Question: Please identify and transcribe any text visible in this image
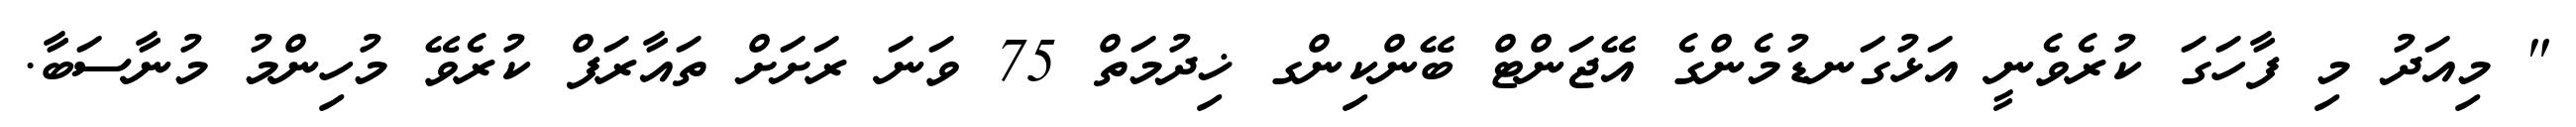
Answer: " މިއަދު މި ފާހަގަ ކުރެވެނީ އަޅުގަނޑުމެންގެ އޭޖަންޓް ބޭންކިންގ ޚިދުމަތް 75 ވަނަ ރަށަށް ތައާރަފް ކުރެވޭ މުހިންމު މުނާސަބާ.